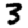
Digit: 3